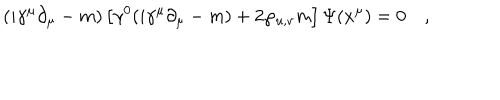
( i \gamma ^ { \mu } \partial _ { \mu } - m ) \left[ \gamma ^ { 0 } ( i \gamma ^ { \mu } \partial _ { \mu } - m ) + 2 \wp _ { u , v } m \right] \Psi ( x ^ { \mu } ) = 0 \quad ,